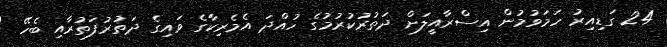
24 ގަޑިއިރު ހަމަވުމުން އިސްރާއީލަށް ދަތުރުކުރުމުގެ ހުއްދަ އެމެރިކާގެ ވައިގެ ދަތުރުފަތުރާއި ބެހޭ